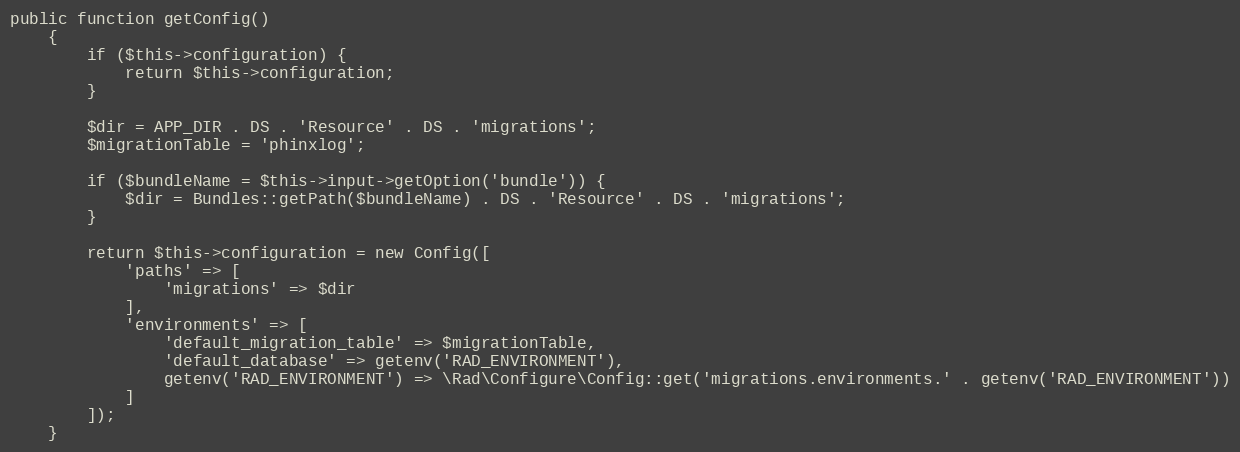
Language: PHP
public function getConfig()
    {
        if ($this->configuration) {
            return $this->configuration;
        }

        $dir = APP_DIR . DS . 'Resource' . DS . 'migrations';
        $migrationTable = 'phinxlog';

        if ($bundleName = $this->input->getOption('bundle')) {
            $dir = Bundles::getPath($bundleName) . DS . 'Resource' . DS . 'migrations';
        }

        return $this->configuration = new Config([
            'paths' => [
                'migrations' => $dir
            ],
            'environments' => [
                'default_migration_table' => $migrationTable,
                'default_database' => getenv('RAD_ENVIRONMENT'),
                getenv('RAD_ENVIRONMENT') => \Rad\Configure\Config::get('migrations.environments.' . getenv('RAD_ENVIRONMENT'))
            ]
        ]);
    }